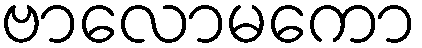
ဗာလောမကော